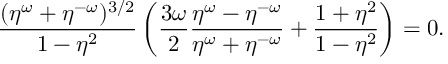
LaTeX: \frac { ( \eta ^ { \omega } + \eta ^ { - \omega } ) ^ { 3 / 2 } } { 1 - \eta ^ { 2 } } \left( \frac { 3 \omega } 2 \frac { \eta ^ { \omega } - \eta ^ { - \omega } } { \eta ^ { \omega } + \eta ^ { - \omega } } + \frac { 1 + \eta ^ { 2 } } { 1 - \eta ^ { 2 } } \right) = 0 .